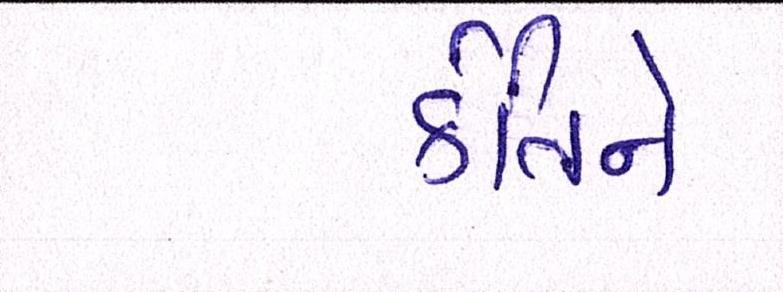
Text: ર્કતિને